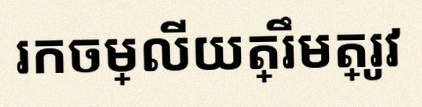
រកចម្លើយត្រឹមត្រូវ